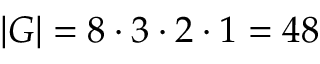
| G | = 8 \cdot 3 \cdot 2 \cdot 1 = 4 8